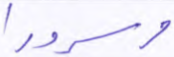
وسرورا